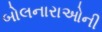
બોલનારાઓની